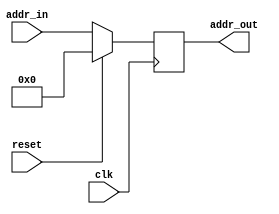
module PC (
    input wire clk,reset,
    input wire [31:0]addr_in,

    output wire [31:0]addr_out
);

    reg [31:0]array;

    initial begin
        array=32'h0000_0000;
    end

    always @(negedge clk) begin
        if(~reset)
            array=addr_in;
        else
            array=32'd0;        
    end


    assign addr_out=array;


endmodule